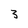
Character: 3